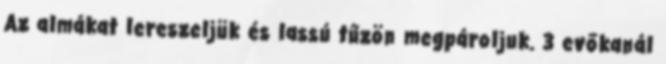
Az almákat lereszeljük és lassú tűzön megpároljuk. 3 evőkanál